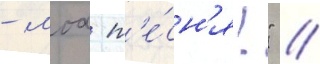
- моа п'е́сн'я!" //